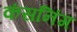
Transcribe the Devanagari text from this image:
कंसनिंग